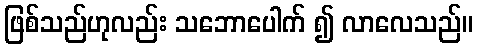
ဖြစ်သည်ဟုလည်း သဘောပေါက် ၍ လာလေသည်။